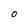
Character: O